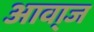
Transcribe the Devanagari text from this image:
आवा्ज